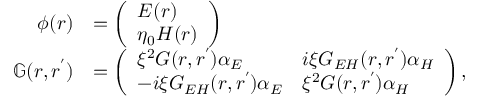
\begin{array} { r l } { \phi ( \boldsymbol { r } ) } & { = \left( \begin{array} { l } { \boldsymbol { E } ( \boldsymbol { r } ) } \\ { \eta _ { 0 } \boldsymbol { H } ( \boldsymbol { r } ) } \end{array} \right) } \\ { \mathbb { G } ( \boldsymbol { r } , \boldsymbol { r ^ { \prime } } ) } & { = \left( \begin{array} { l l } { \xi ^ { 2 } \boldsymbol { G } ( \boldsymbol { r } , \boldsymbol { r ^ { \prime } } ) \boldsymbol { \alpha } _ { E } } & { i \xi \boldsymbol { G } _ { E H } ( \boldsymbol { r } , \boldsymbol { r ^ { \prime } } ) \boldsymbol { \alpha } _ { H } } \\ { - i \xi \boldsymbol { G } _ { E H } ( \boldsymbol { r } , \boldsymbol { r ^ { \prime } } ) \boldsymbol { \alpha } _ { E } } & { \xi ^ { 2 } \boldsymbol { G } ( \boldsymbol { r } , \boldsymbol { r ^ { \prime } } ) \boldsymbol { \alpha } _ { H } } \end{array} \right) , } \end{array}